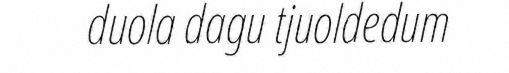
duola dagu tjuoldedum